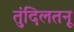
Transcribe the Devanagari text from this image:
तुंदिलतनू